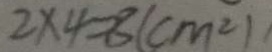
2 \times 4 = 8 ( c m ^ { 2 } )